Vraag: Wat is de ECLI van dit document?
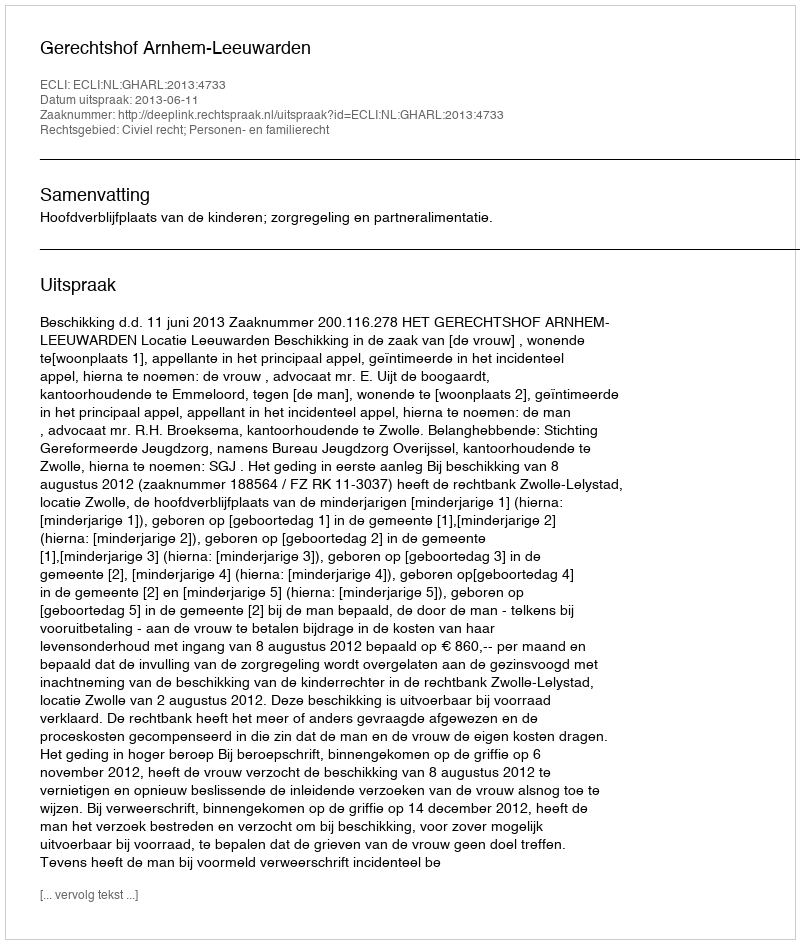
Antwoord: ECLI:NL:GHARL:2013:4733